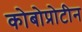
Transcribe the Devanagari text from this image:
कोबोप्रोटीन